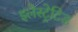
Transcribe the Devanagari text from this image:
इलेस्‍ट्रेटिड